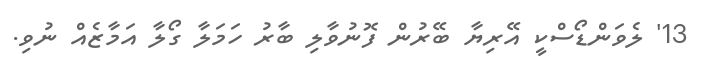
13' ލެވަންޑޯސްކީ އޭރިޔާ ބޭރުން ފޮނުވާލި ބާރު ހަމަލާ ގޯލާ އަމާޒެއް ނުވި.